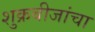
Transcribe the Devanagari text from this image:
शुक्रबीजांचा